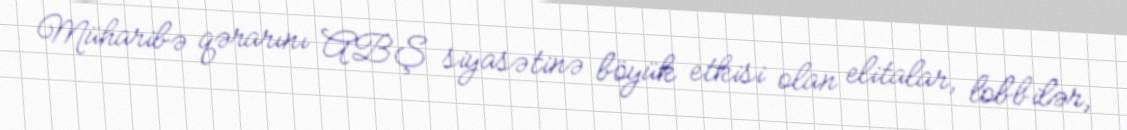
Müharibə qərarını ABŞ siyasətinə böyük etkisi olan elitalar, lobbilər,